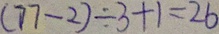
( 7 7 - 2 ) \div 3 + 1 = 2 6